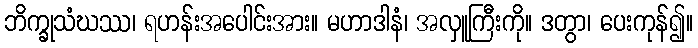
ဘိက္ခုသံဃဿ၊ ရဟန်းအပေါင်းအား။ မဟာဒါနံ၊ အလှူကြီးကို။ ဒတွာ၊ ပေးကုန်၍။